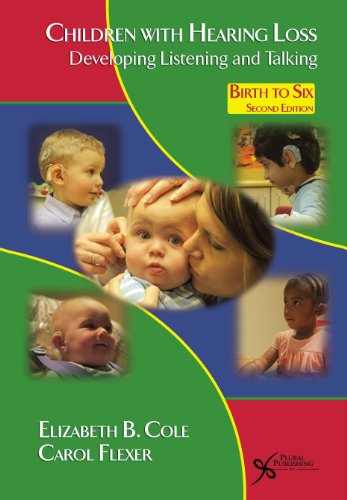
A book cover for Children with Hearing Loss: Developing Listening and Talking, Birth to Six; Elizabeth Cole; Health, Fitness & Dieting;